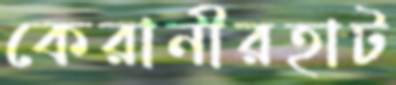
কেরানীরহাট